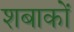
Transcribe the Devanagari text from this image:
शबाकों